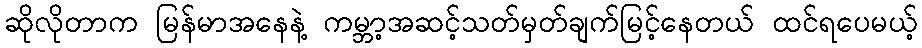
ဆိုလိုတာက မြန်မာအနေနဲ့ ကမ္ဘာ့အဆင့်သတ်မှတ်ချက်မြင့်နေတယ် ထင်ရပေမယ့်